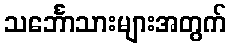
သင်္ဘောသားများအတွက်